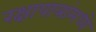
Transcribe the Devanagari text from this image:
रक्षापात्रांमध्ये